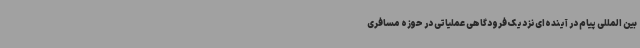
بین المللی پیام در آینده‌ای نزدیک فرودگاهی عملیاتی در حوزه مسافری